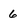
Character: 6